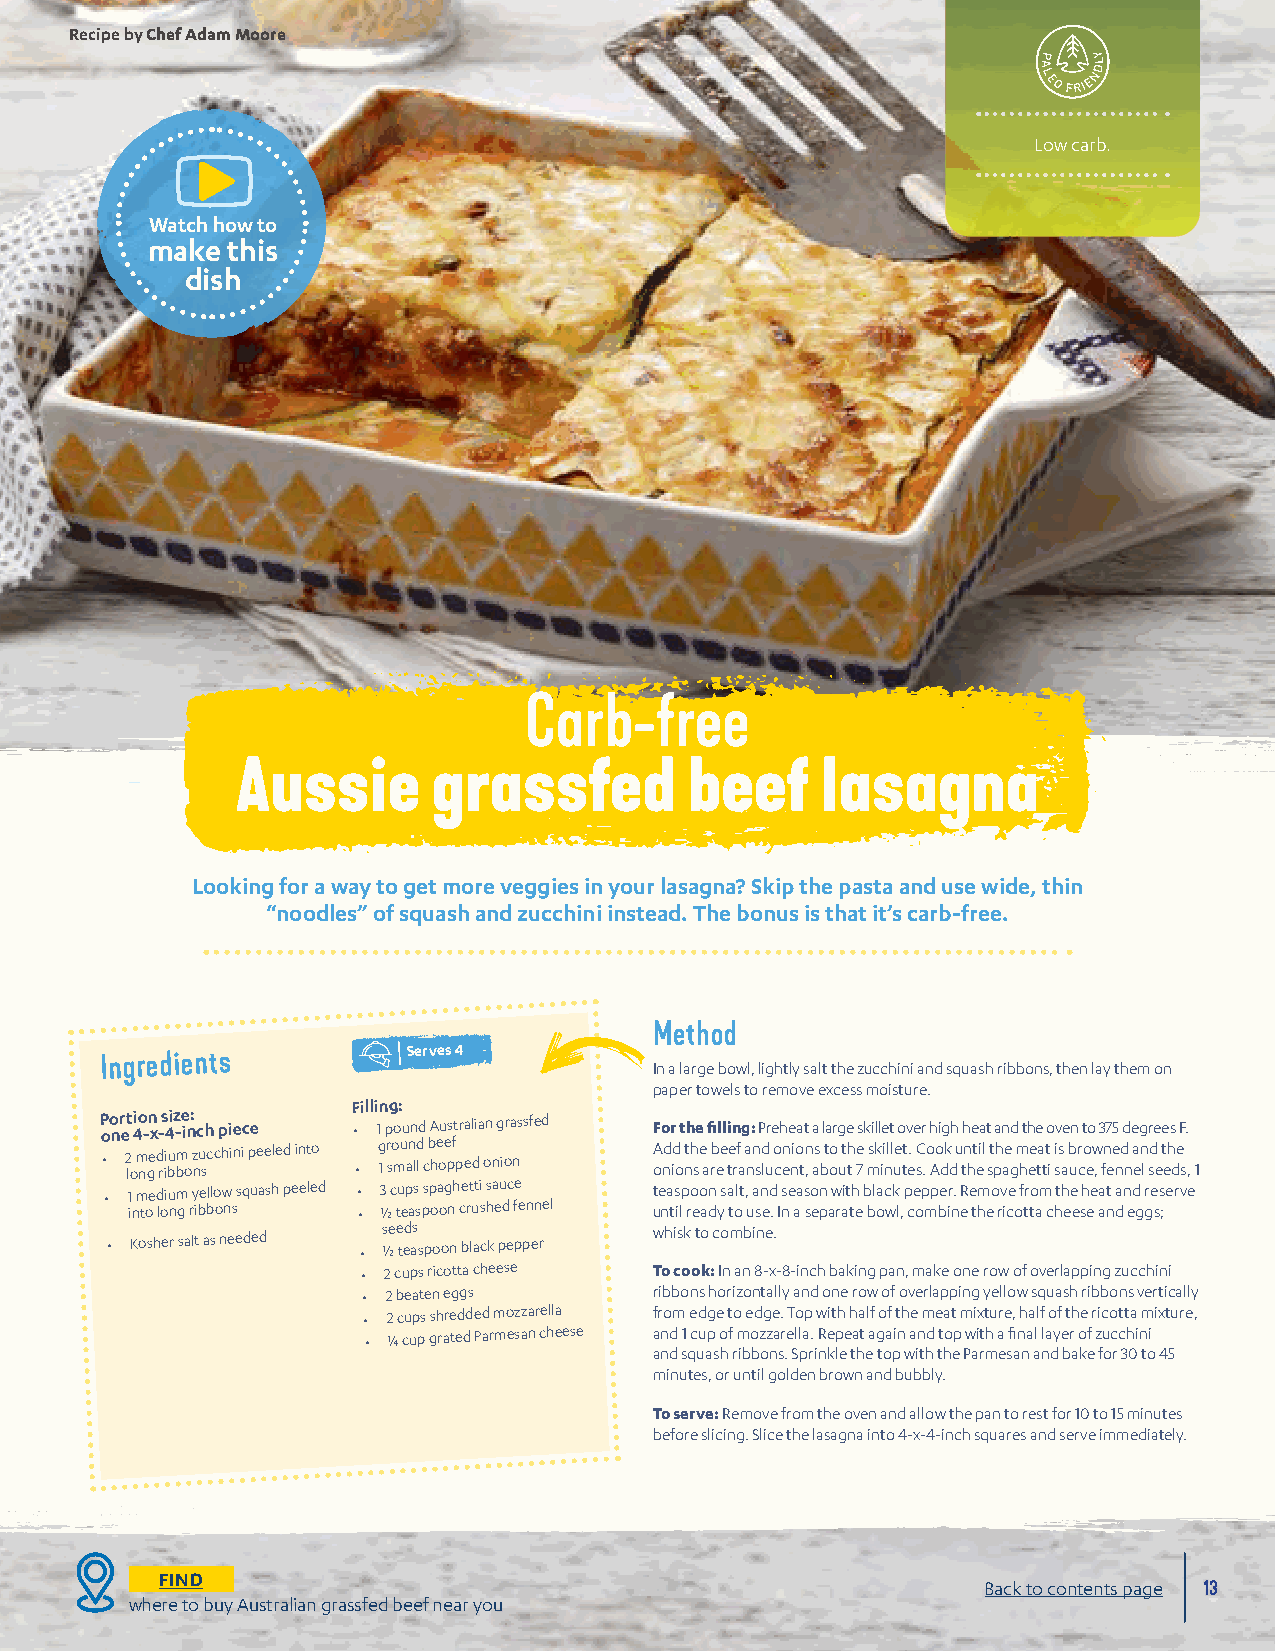
Recipe by Chef Adam Moore
 Low carb.
 Watch how to
 make this
 dish
 Carb-free
 Aussie       grassfed         beef    lasagna
 Looking for a way to get more veggies in your lasagna? Skip the pasta and use wide, thin
 “noodles” of squash and zucchini instead. The bonus is that it’s carb-free.
 Method
 Serves 4
 Ingredients
 In a large bowl, lightly salt the zucchini and squash ribbons, then lay them on
 paper towels to remove excess moisture.
 Filling:
 P oo nr et i 4o -n x -s 4iz -e in: ch piece • 1 pound Australian grassfed For the filling: Preheat a large skillet over high heat and the oven to 375 degrees F.
 • 2 lo m nge d rii bu bm o z nu scchini peeled into • g 1 r so mu an lld c b he oe pf ped onion A ond id o nth se a rb ee te rf a a nn sd lu o cen nio tn , as bto o uth t e 7 msk ii nll ue tt e. C s.o Ao dk d u tn ht eil st ph ae g m hee ta tt i i ss a b ur co ew , fn ee nd n ean l sd e t eh de s , 1
 • 1 in m toe d loiu nm g ry ibe bllo ow ns squash peeled • • 3 ½ c tu ep as s psp oa og nh ce rt uti s hsa eu dc fe ennel t ue na ts ilp ro eo an d ys a tolt , u a sn ed . I s ne aa s so en p aw rait th e b bl oac wk l, p ce op mp be ir n. eR e thm eo rv ice o fr to tam c hth ee e sh ee aa nt dan ed g gre ss ; erve
 • K osher salt as needed • s ½ e e ted as spoon black pepper whisk to combine.
 • 2 cups ricotta cheese To cook: In an 8-x-8-inch baking pan, make one row of overlapping zucchini
 • 2 beaten eggs    ribbons horizontally and one row of overlapping yellow squash ribbons vertically
 • 2 cups shredded mozzarella from edge to edge. Top with half of the meat mixture, half of the ricotta mixture,
 • ¼ cup grated Parmesan cheese and 1 cup of mozzarella. Repeat again and top with a final layer of zucchini
 and squash ribbons. Sprinkle the top with the Parmesan and bake for 30 to 45
 minutes, or until golden brown and bubbly.
 To serve: Remove from the oven and allow the pan to rest for 10 to 15 minutes
 before slicing. Slice the lasagna into 4-x-4-inch squares and serve immediately.
 FIND
 Back to contents page 13
 where to buy Australian grassfed beef near you